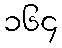
၁၆၄